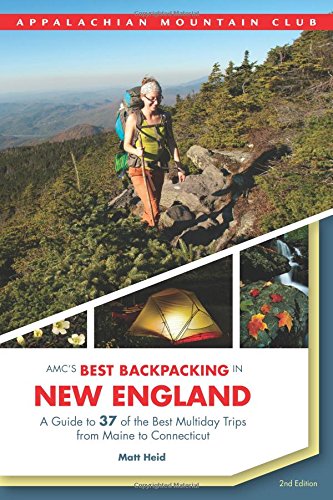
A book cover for AMC's Best Backpacking in New England: A Guide To 37 Of The Best Multiday Trips From Maine To Connecticut; Matt Heid; Sports & Outdoors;